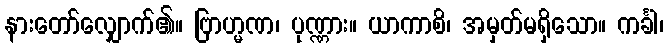
နားတော်လျှောက်၏။ ဗြာဟ္မဏ၊ ပုဏ္ဏား။ ယာကာစိ၊ အမှတ်မရှိသော။ ကင်္ခါ၊